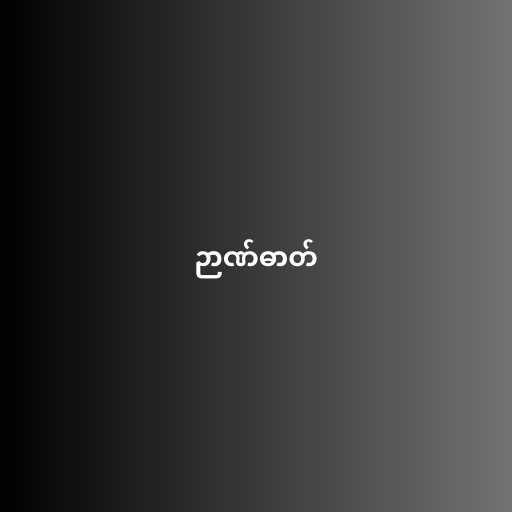
ဉာဏ်ဓာတ်